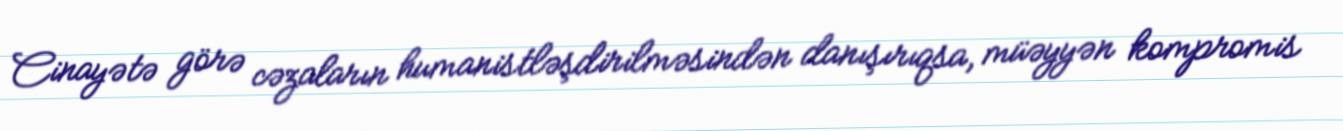
Cinayətə görə cəzaların humanistləşdirilməsindən danışırıqsa, müəyyən kompromis